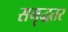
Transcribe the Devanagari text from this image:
समृद्धतर